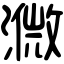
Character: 㵟